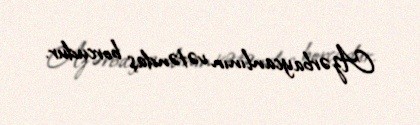
Azərbaycanlının vətəndaş borcudur.